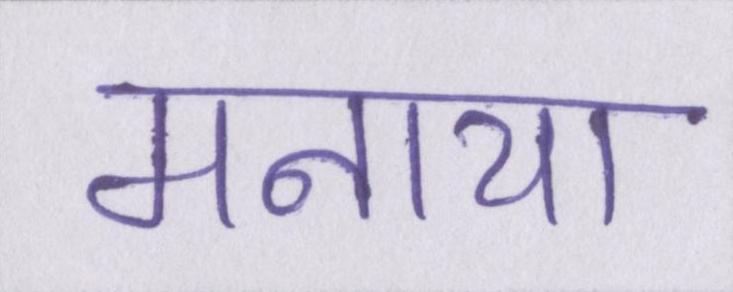
मनाया